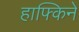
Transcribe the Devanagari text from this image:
हाफ्किने